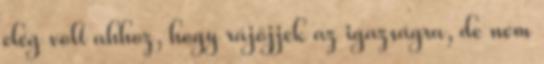
elég volt ahhoz, hogy rájöjjek az igazságra, de nem